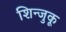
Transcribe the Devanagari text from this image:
शिन्जुकू